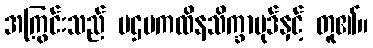
အကြွင်းသည် ပဌမကထိနသိက္ခာပုဒ်နှင့် တူ၏။